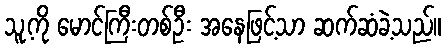
သူ့ကို မောင်ကြီးတစ်ဦး အနေဖြင့်သာ ဆက်ဆံခဲ့သည်။